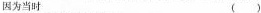
因为当时 ()